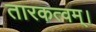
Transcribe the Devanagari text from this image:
तारकत्वम्।